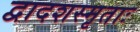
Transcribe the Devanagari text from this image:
द्वादशस्मृताः